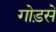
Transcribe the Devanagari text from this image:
गोड़से